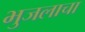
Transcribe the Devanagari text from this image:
भुजलाचा